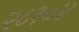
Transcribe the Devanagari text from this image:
२८१०४